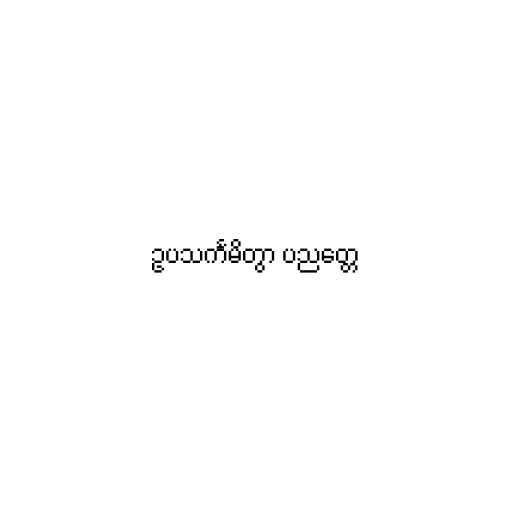
ဥပသင်္ကမိတွာ ပညတ္တေ